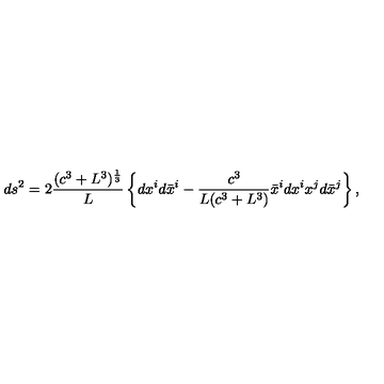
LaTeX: d s ^ { 2 } = 2 \frac { ( c ^ { 3 } + L ^ { 3 } ) ^ { \frac 1 3 } } L \left\{ d x ^ { i } d \bar { x } ^ { i } - \frac { c ^ { 3 } } { L ( c ^ { 3 } + L ^ { 3 } ) } \bar { x } ^ { i } d x ^ { i } x ^ { j } d \bar { x } ^ { j } \right\} ,